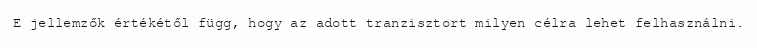
E jellemzők értékétől függ, hogy az adott tranzisztort milyen célra lehet felhasználni.